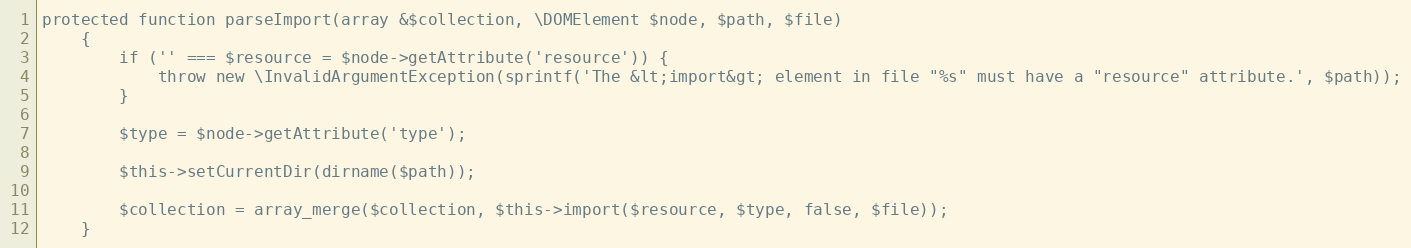
Language: PHP
protected function parseImport(array &$collection, \DOMElement $node, $path, $file)
    {
        if ('' === $resource = $node->getAttribute('resource')) {
            throw new \InvalidArgumentException(sprintf('The &lt;import&gt; element in file "%s" must have a "resource" attribute.', $path));
        }

        $type = $node->getAttribute('type');

        $this->setCurrentDir(dirname($path));

        $collection = array_merge($collection, $this->import($resource, $type, false, $file));
    }